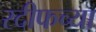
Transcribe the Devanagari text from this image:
रदीफच्या